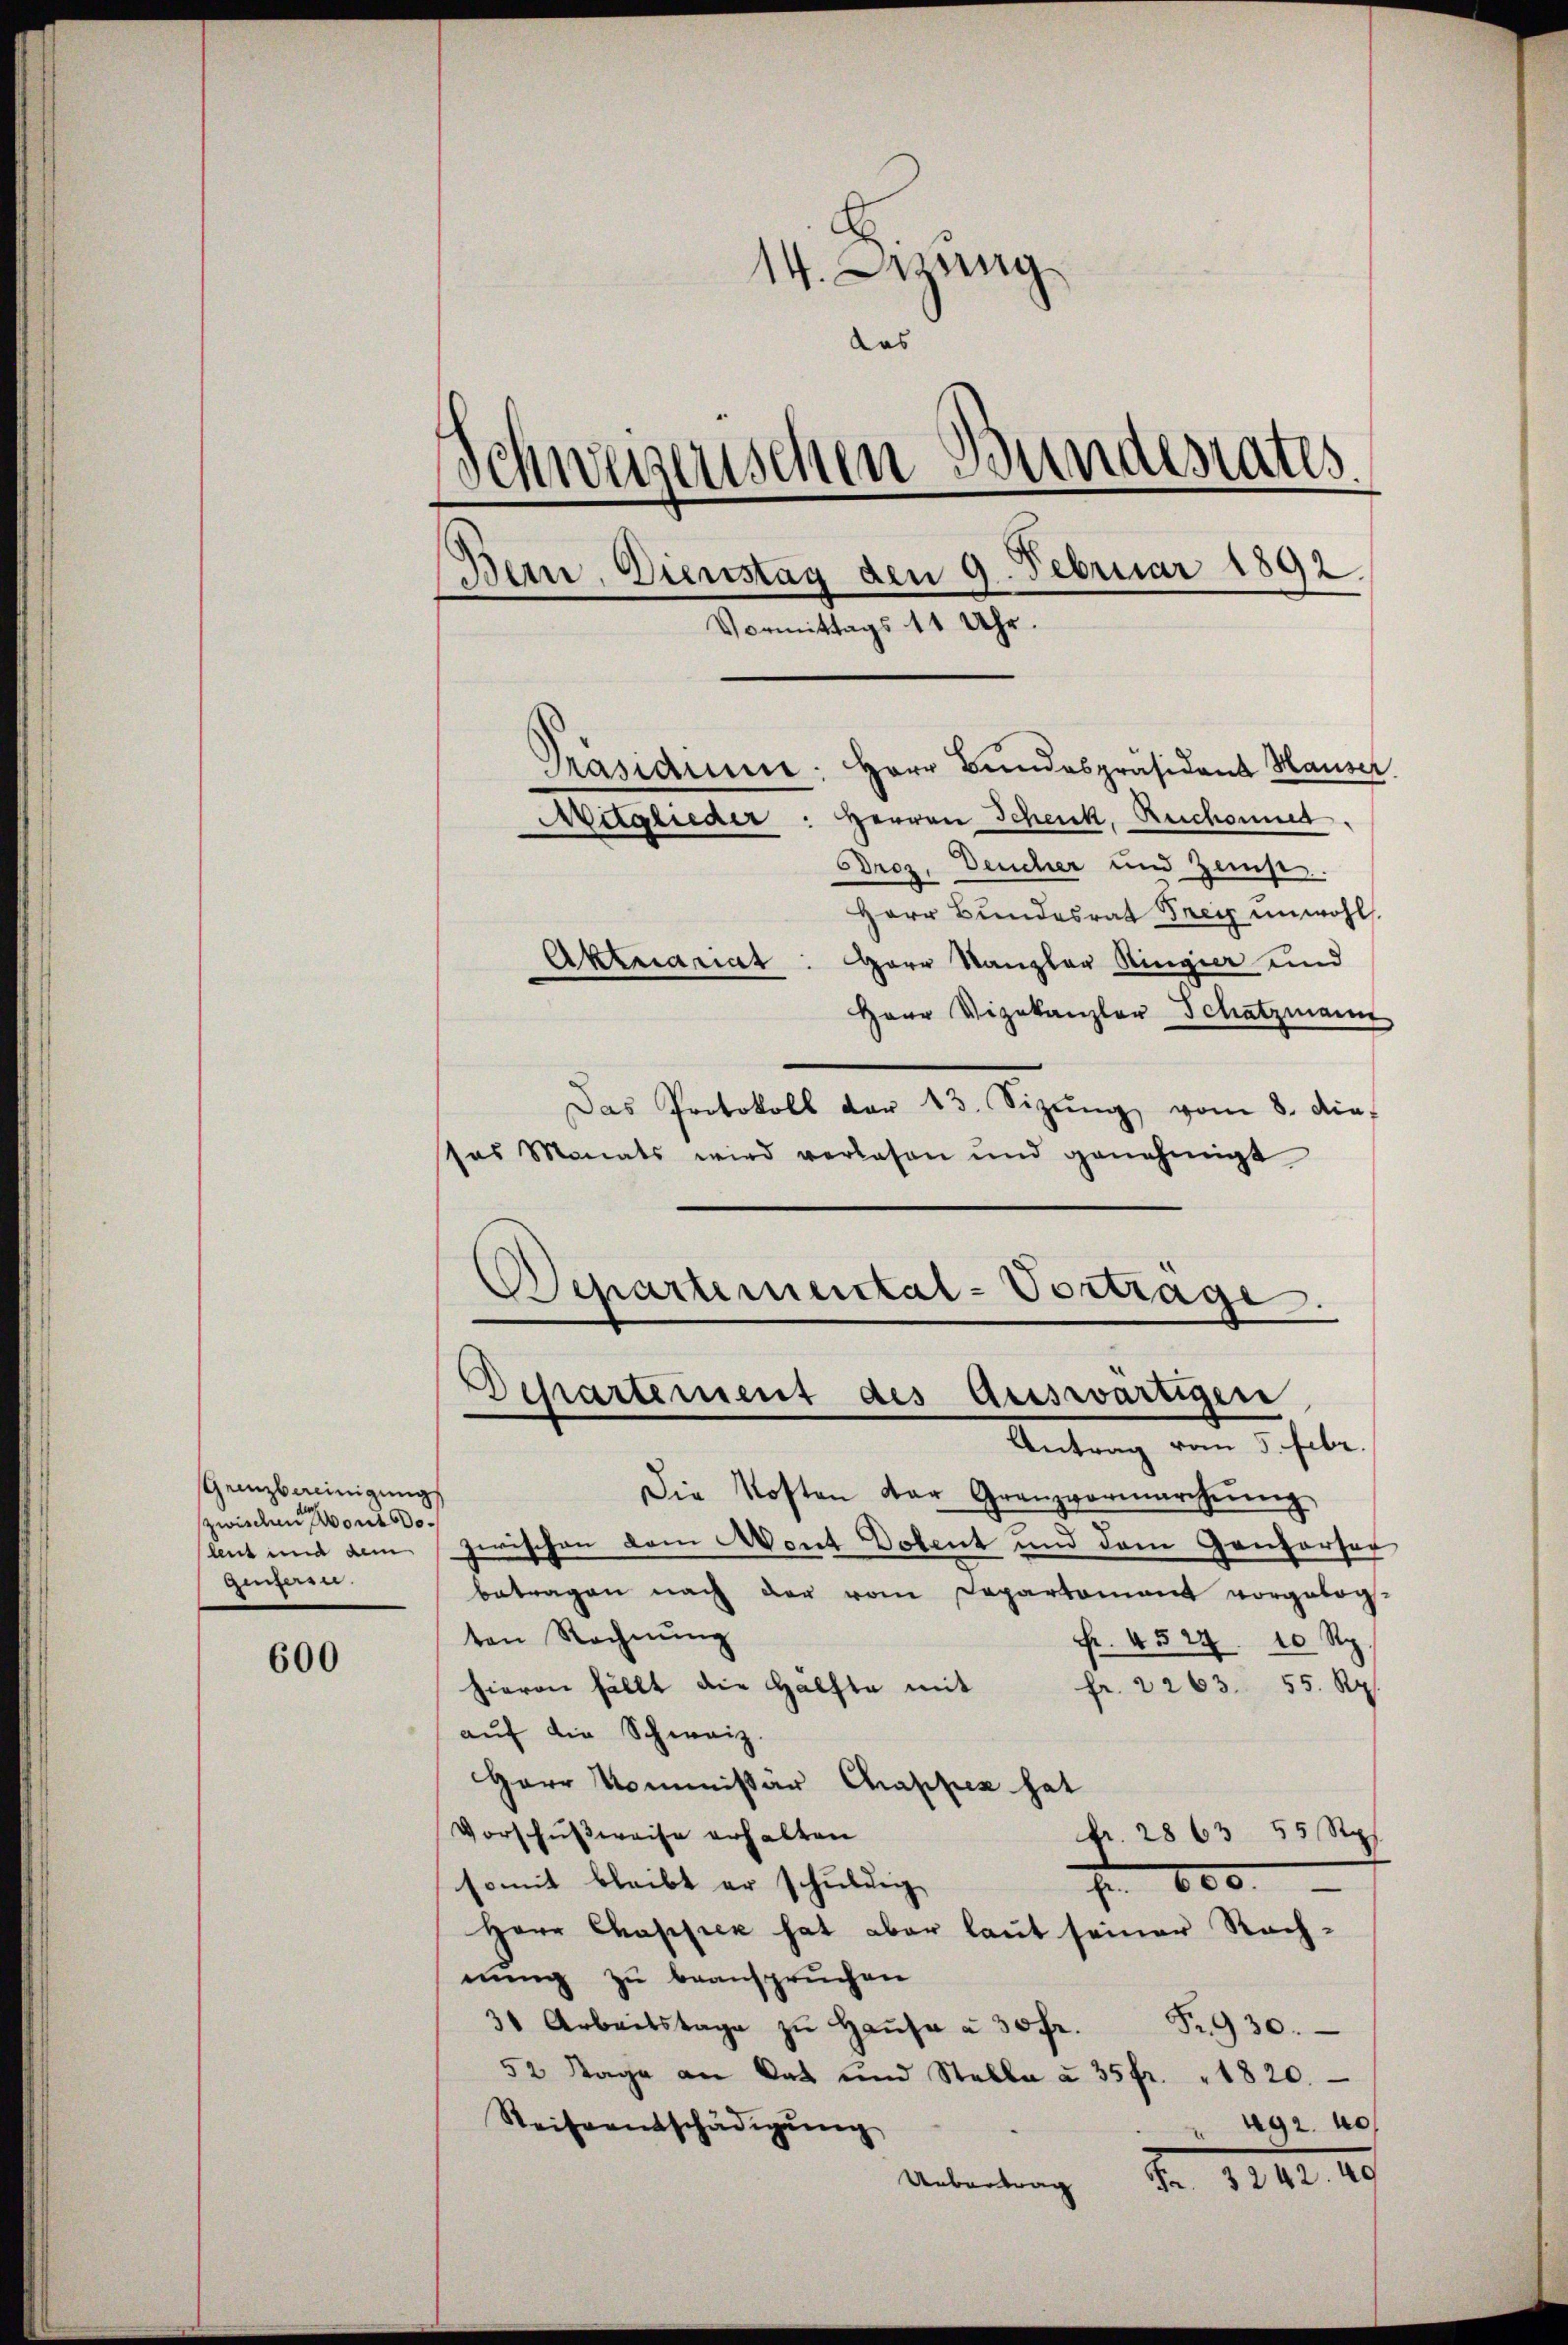
Grenzbereinigung
zwischen sont do
Genferie.

600

14. Jung
as
Schweizerischen Bundestates
Bein. Dienstag den 9. Februar 1892.
Vormittags 11 Uhr.
Präsidium. Herr Bundespräsident Hauser
Herren Schenk, Rechant.
Mdglieder
Droz. Deucher und Zemp.
Herr Bundesrat Frey unwohl.
Herr Kanzler Ringier und
Aktuariat

Herr Vizekanzler Schatzmann
Das Protokoll der 13. Sizŭng vom 8. die-
sas Monats wird verlesen und genehmigt
Departemental-Vortrage.

Departement des Auswärtigen
Antrag vom 5. Febr.

Die Kosten der Grenzvermarchŭng
lent und dem zwischen dem Mont Dolent und dem Ganzersor
betragen nach der vom Departement vorgebog
ten Rechnŭng
Fr. 4524. 10 Rp.
Hievon fällt die Hälfte mit
fr. 2263. 55. Rp.
auf die Schweiz.
Herr Kommissär Chappen hat
Vorschußweise erhalten
Fr. 2863 55 Rp.
somit bleibt er schuldig
f 800.
Herr Chappiek hat aber laut seiner Rechnung zu beanspruchen
3 Arbeitstage zŭ Haŭse à 30 fr. Fr. 930.
52 Tage an Rat und Stalla à 35 fr. 1820.
Reiseentschädigŭng
492. 40
Fr. 124. 18
Uebertrag